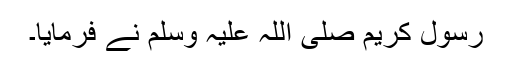
رسول کریم صلی اللہ علیہ وسلم نے فرمایا۔